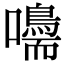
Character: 𡄠